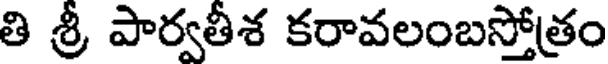
తి శ్రీ పార్వతీశ కరావలంబస్తోత్రం